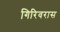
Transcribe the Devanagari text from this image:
गिरिवरास